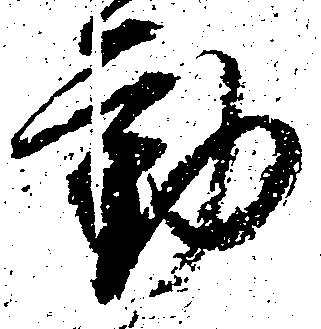
動